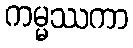
ကမ္မဿကာ